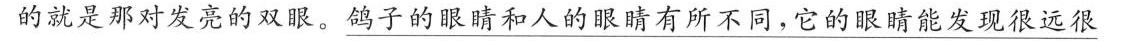
的就是那对发亮的双眼。鸽子的眼睛和人的眼睛有所不同，它的眼睛能发现很远很